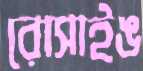
রোসাইঙ